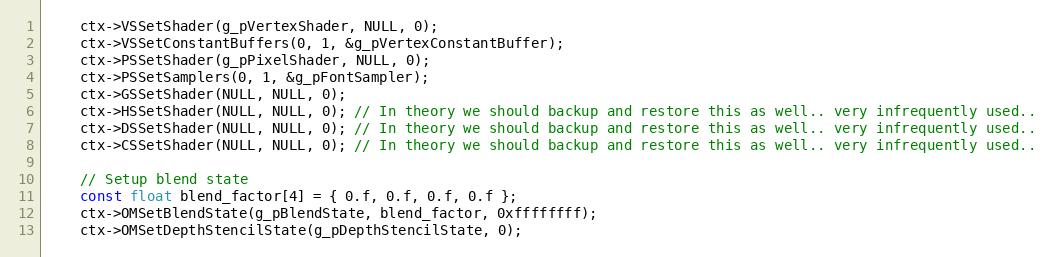
Language: C++
    ctx->VSSetShader(g_pVertexShader, NULL, 0);
    ctx->VSSetConstantBuffers(0, 1, &g_pVertexConstantBuffer);
    ctx->PSSetShader(g_pPixelShader, NULL, 0);
    ctx->PSSetSamplers(0, 1, &g_pFontSampler);
    ctx->GSSetShader(NULL, NULL, 0);
    ctx->HSSetShader(NULL, NULL, 0); // In theory we should backup and restore this as well.. very infrequently used..
    ctx->DSSetShader(NULL, NULL, 0); // In theory we should backup and restore this as well.. very infrequently used..
    ctx->CSSetShader(NULL, NULL, 0); // In theory we should backup and restore this as well.. very infrequently used..

    // Setup blend state
    const float blend_factor[4] = { 0.f, 0.f, 0.f, 0.f };
    ctx->OMSetBlendState(g_pBlendState, blend_factor, 0xffffffff);
    ctx->OMSetDepthStencilState(g_pDepthStencilState, 0);